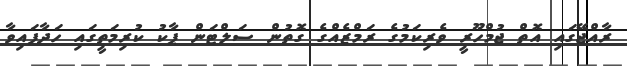
ރާއްޖޭގައި އޮތް ޖުމްހޫރީ ވެރިކަމުގެ ރަމްޒެއްގެ ގޮތުން ސަލްޓަން ޕާކު ކުރިމަތީގައި ހަދާފައިވާ